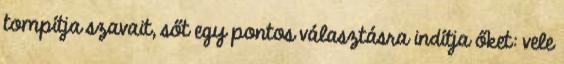
tompítja szavait, sőt egy pontos választásra indítja őket: vele